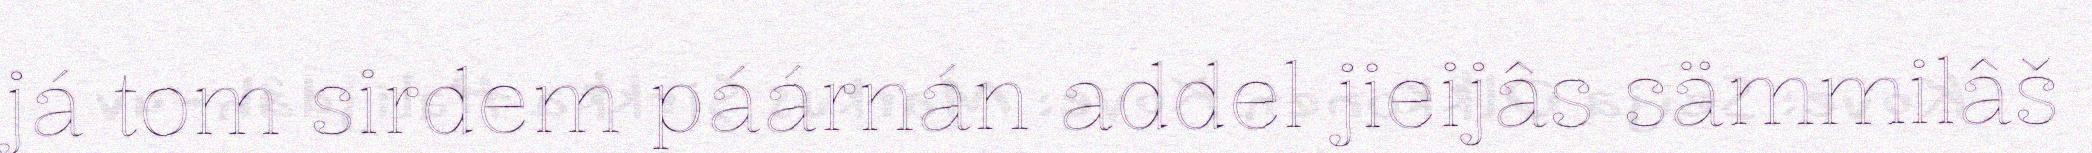
já tom sirdem páárnán addel jieijâs sämmilâš